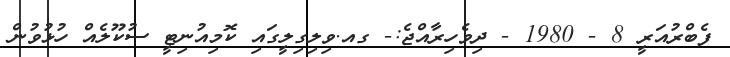
ފެބްރުއަރީ 8 - 1980 - ދިވެހިރާއްޖެ:- ގއ.ވިލިގިލީގައި ކޮމިއުނިޓީ ސުކޫލެއް ހުޅުވުން